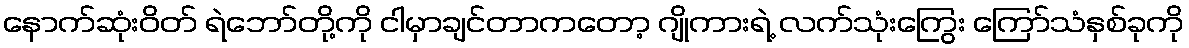
နောက်ဆုံးဝိတ် ရဲဘော်တို့ကို ငါမှာချင်တာကတော့ ဂျိုကားရဲ့ လက်သုံးကြွေး ကြော်သံနှစ်ခုကို